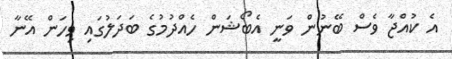
އެ ކުއްޖާ ވެސް ބޭނުން ވަނީ އެބޯޝަން ހެއްދުމުގެ ބަދަލުގައި ވިހަން އޭނާ